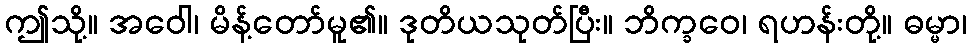
ဤသို့။ အဝေါ၊ မိန့်တော်မူ၏။ ဒုတိယသုတ်ပြီး။ ဘိက္ခဝေ၊ ရဟန်းတို့။ ဓမ္မာ၊